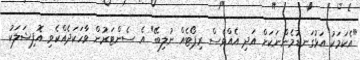
"އެކަމަކު އަޅުގަނޑުމެންނަކަށް އަދި އެއްވެސް ރިޕޯޓެއް ނުލިބޭ" އެ ސެންޓަރުން ވާހަކަދެއްކެވި އޮފިޝަލަކު